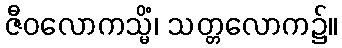
ဇီဝလောကသ္မိံ၊ သတ္တလောက၌။